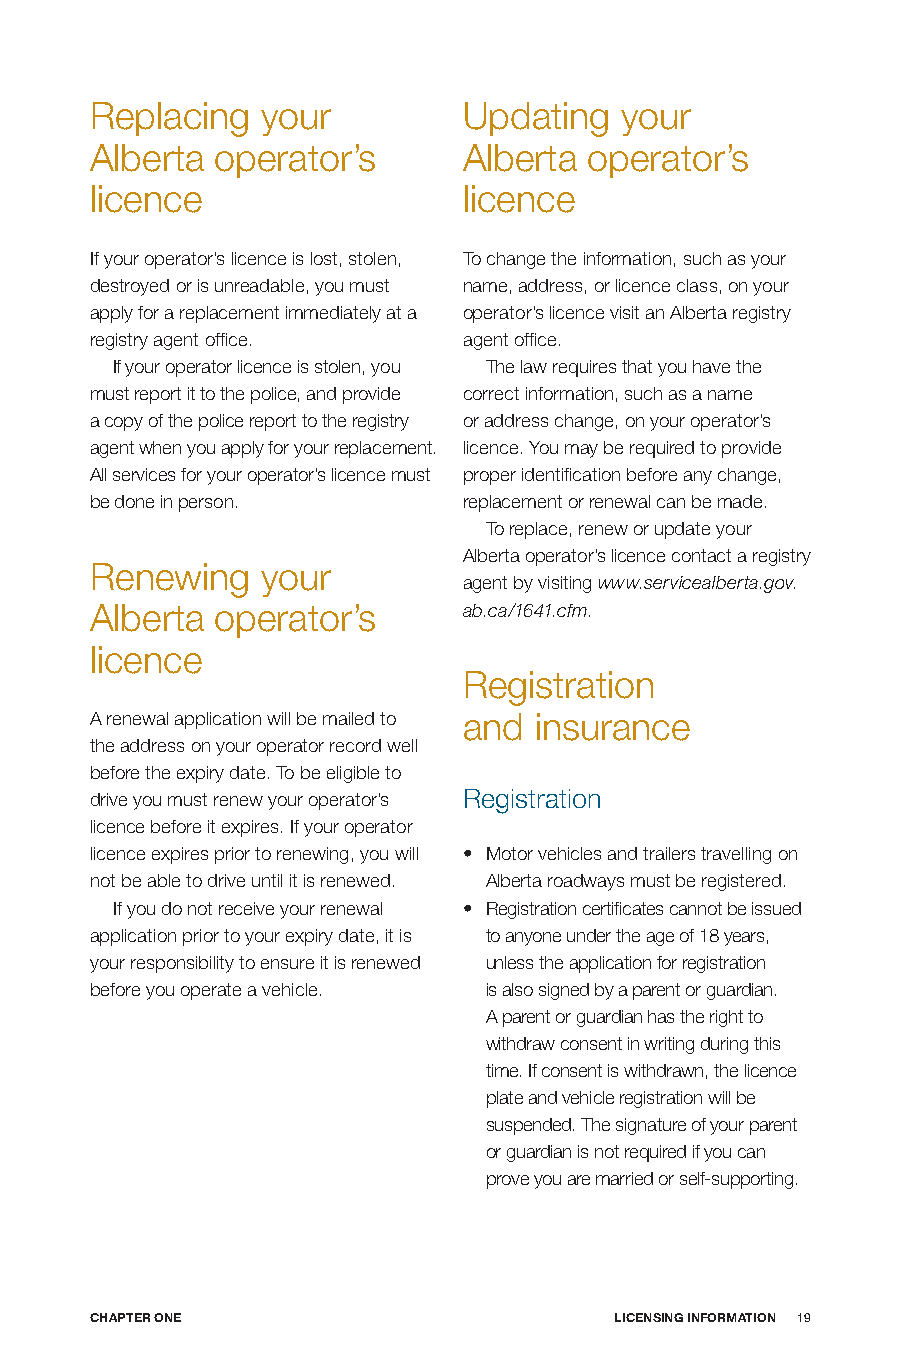
Replacing  your          Updating  your
 Alberta operator’s       Alberta operator’s
 licence                  licence
 If your operator’s licence is lost, stolen, To change the information, such as your
 destroyed or is unreadable, you must name, address, or licence class, on your
 apply for a replacement immediately at a operator’s licence visit an Alberta registry
 registry agent office.   agent office.
 If your operator licence is stolen, you The law requires that you have the
 must report it to the police, and provide correct information, such as a name
 a copy of the police report to the registry or address change, on your operator’s
 agent when you apply for your replacement. licence. You may be required to provide
 All services for your operator’s licence must proper identification before any change,
 be done in person.       replacement or renewal can be made.
 To replace, renew or update your
 Alberta operator’s licence contact a registry
 Renewing   your
 agent by visiting www.servicealberta.gov.
 Alberta operator’s       ab.ca/1641.cfm.
 licence
 Registration
 A renewal application will be mailed to and insurance
 the address on your operator record well
 before the expiry date. To be eligible to
 drive you must renew your operator’s Registration
 licence before it expires. If your operator
 licence expires prior to renewing, you will • Motor vehicles and trailers travelling on
 not be able to drive until it is renewed. Alberta roadways must be registered.
 If you do not receive your renewal • Registration certificates cannot be issued
 application prior to your expiry date, it is to anyone under the age of 18 years,
 your responsibility to ensure it is renewed unless the application for registration
 before you operate a vehicle. is also signed by a parent or guardian.
 A parent or guardian has the right to
 withdraw consent in writing during this
 time. If consent is withdrawn, the licence
 plate and vehicle registration will be
 suspended. The signature of your parent
 or guardian is not required if you can
 prove you are married or self-supporting.
 CHApTER onE                        LICEnSInG InfoRmATIon 19